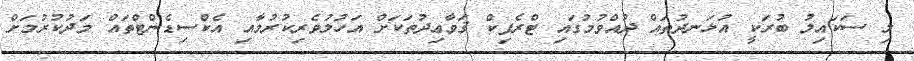
މި ސަކައިލު ބުރަކީ އުޅަނދުތައް ދުއްވުމުގައި ޓްރެފިކް ޤަވާޢިދުތަކަށް އަހުލުވެރިކުރުމާއި އެކްސިޑެންޓްތައް މަދުކުރުމަށް